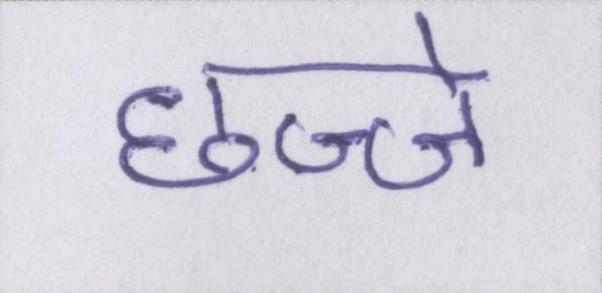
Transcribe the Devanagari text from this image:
छज्जे